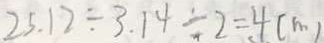
2 5 . 1 2 \div 3 . 1 4 \div 2 = 4 ( m )